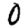
Digit: 0